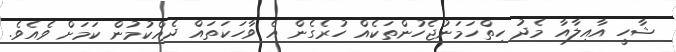
ޝާހީ އާއިލާއާ މެދު ހިތްހަމަނުޖެހުންތަކެއް ހުރެގެން އެ ވާހަކަތައް ދެއްކުމުން ކަމަށް ވެއެވެ.